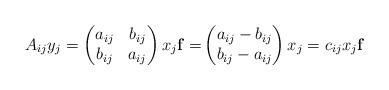
LaTeX: \begin{align*}A_{ij}y_{j}=\begin{pmatrix}a_{ij} & b_{ij} \\b_{ij} & a_{ij}\end{pmatrix}x_{j}\mathbf{f=}\begin{pmatrix}a_{ij}-b_{ij} \\b_{ij}-a_{ij}\end{pmatrix}x_{j}=c_{ij}x_{j}\mathbf{f}\end{align*}